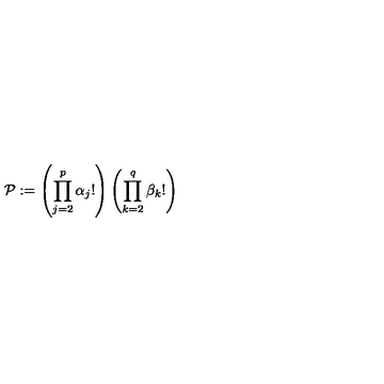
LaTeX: { \mathcal { P } } : = \left( \prod _ { j = 2 } ^ { p } \alpha _ { j } ! \right) \left( \prod _ { k = 2 } ^ { q } \beta _ { k } ! \right)